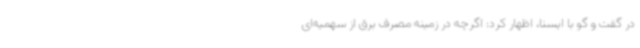
در گفت و گو با ایسنا، اظهار کرد: اگرچه در زمینه مصرف برق از سهمیه‌ای